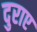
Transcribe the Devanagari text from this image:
दुराए